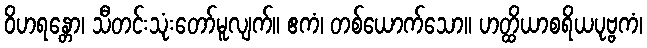
ဝိဟရန္တော၊ သီတင်းသုံးတော်မူလျက်။ ဧကံ၊ တစ်ယောက်သော။ ဟတ္ထိယာစရိယပုဗ္ဗကံ၊